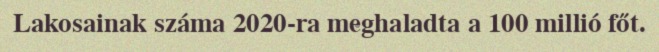
Lakosainak száma 2020-ra meghaladta a 100 millió főt.